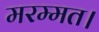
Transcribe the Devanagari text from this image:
मरम्मत।